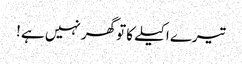
تیرے اکیلے کا تو گھر نہیں ہے !